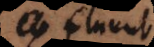
ed fluunt